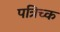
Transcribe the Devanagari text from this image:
पत्रिच्क